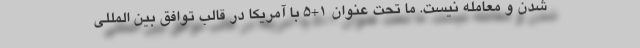
شدن و معامله نیست. ما تحت عنوان ۱+۵ با آمریکا در قالب توافق بین المللی